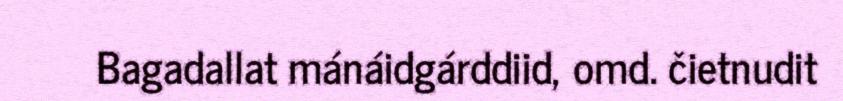
Bagadallat mánáidgárddiid, omd. čietnudit